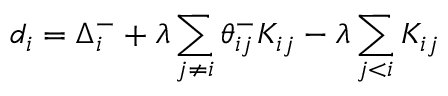
d _ { i } = \Delta _ { i } ^ { - } + \lambda \sum _ { j \neq i } \theta _ { i j } ^ { - } K _ { i j } - \lambda \sum _ { j < i } K _ { i j }